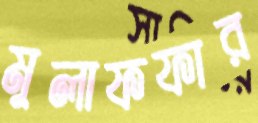
মুলাফফার